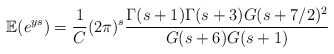
\begin{align*}\mathbb{E}(e^{ys}) = \frac{1}{C}(2\pi)^{s}\frac{\Gamma(s+1)\Gamma(s+3)G(s+7/2)^{2}}{G(s+6)G(s+1)}\end{align*}